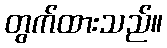
တွက်ထားသည်။